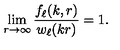
\lim _ { r \to \infty } \frac { f _ { \ell } ( k , r ) } { w _ { \ell } ( k r ) } = 1 .